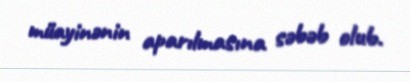
müayinənin aparılmasına səbəb olub.